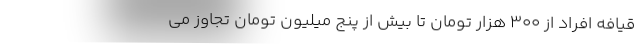
قیافه افراد از ۳۰۰ هزار تومان تا بیش از پنج میلیون تومان تجاوز می